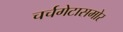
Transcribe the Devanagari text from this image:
चर्चगेटासमोर